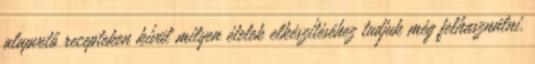
alapvető recepteken kívül milyen ételek elkészítéséhez tudjuk még felhasználni.